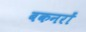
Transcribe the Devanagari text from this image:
बकनरों